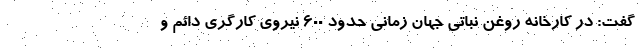
گفت: در کارخانه روغن نباتی جهان زمانی حدود ۶۰۰ نیروی کارگری دائم و